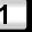
Digit: 1